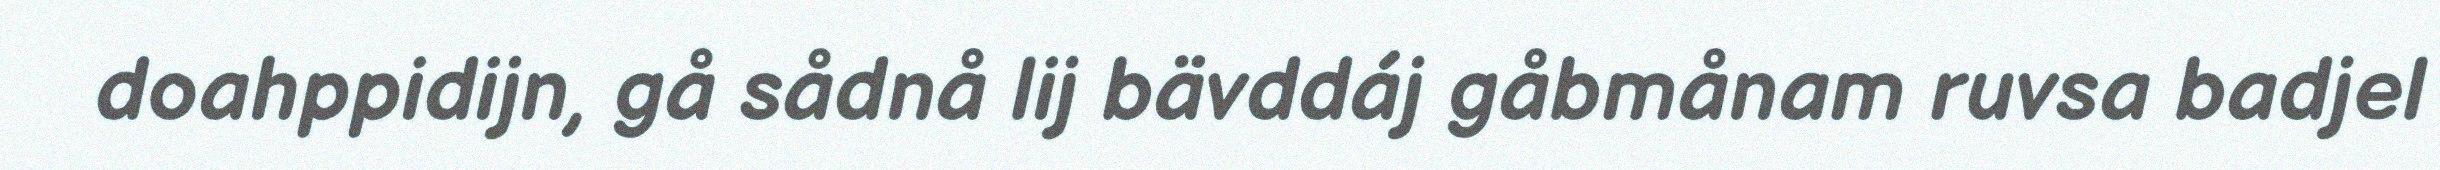
doahppidijn, gå sådnå lij bävddáj gåbmånam ruvsa badjel